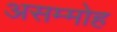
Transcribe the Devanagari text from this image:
असम्मोह